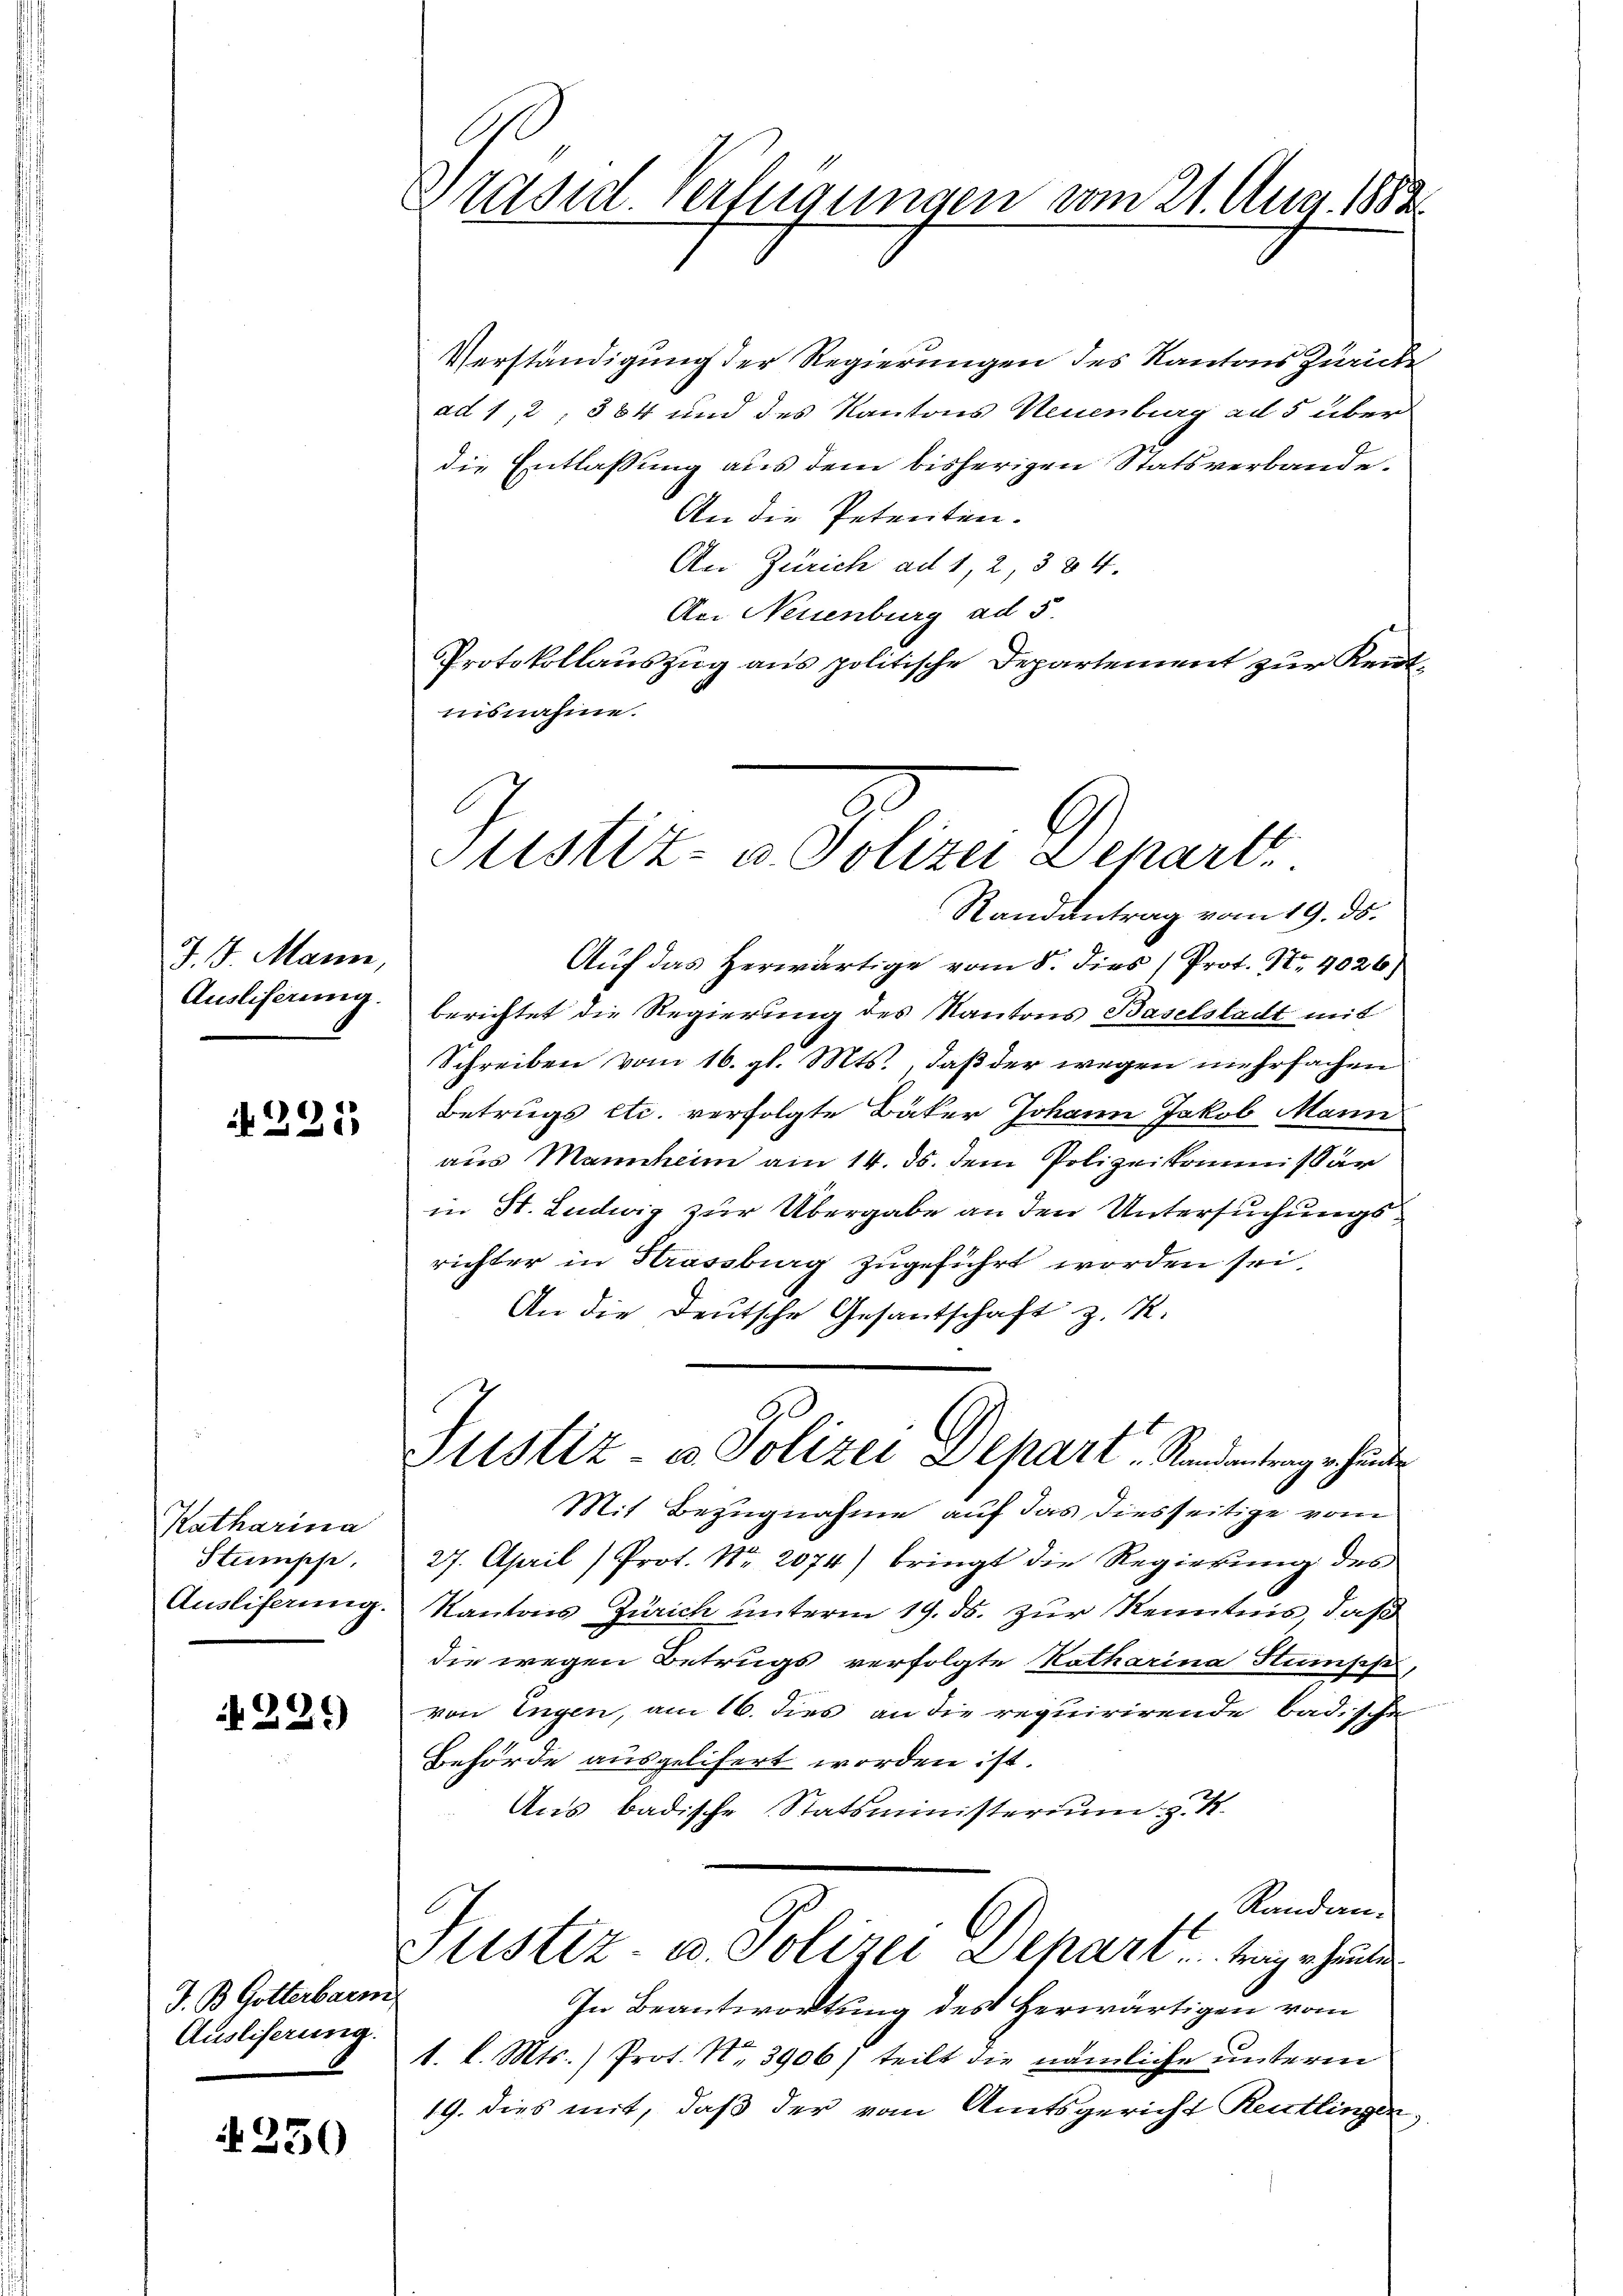
J. 1. Manne,
Ausliserung.

N 221

Katharina
Stumpf.
Ausliferung.

229)

J. B. Gotterbarm
Ausliferung.

250

Präsid. verleigungen vom 21. Aug. 1883.

Verständigung der Regierungen des Kantons Zurücke
ad 1, 2, 384 und des Kantons Neuenburg ad 5 über
die Entlassung aus dem bisherigen Statsverbande.
An die Petenten.
An Zürich ad 1, 2, 384.
Aci Neuenburg ad 5.
Protokollauszug aus politische Departement zur Kenntuisnahme.

Justiz- & Polen Diner

Justiz- & Polizei Depart, Standentergehende

Randantrag vom 19. ds.
Auf das herwärtige vom 8. dies (Prot. Nr. 4026)
berichtet die Regierung des Kantons Baselstadt mit
Schreiben vom 16. gl. Mts., daß der wegen mehrfachen
Betrugs etc. verfolgte Bäker Johann Jakob Mann
aus Mannheim am 14. ds. dem Polizeikommissär
in St. Ludwig zur Übergabe an den Untersuchungsrichter in Strassburg zugeführt worden sei.
An die Deutsche Gesantschaft z. R.
Mit Bezugnahme auf das diesseitige vom
27. April) Prot. Nr. 2074) bringt die Regierung des
Kantons Zürich unterm 19. ds. zur Kenntnis, daß
die wegen Betrugs verfolgte Katharina Stumpf,
von Engen, am 16. dies an die requirirende badische
Behörde ausgelifert worden ist.
Aus badische Statsministerium z. B.
Randan¬
1
Justiz- u. Polizei Deharr . . . Weiger heuten
In Beantwortung des Herwärtigen vom
1. l. Mts.) Prot. Nr. 3906) teilt die nämliche unterm
19. dies mit, daß der vom Amtsgericht Reutlingen